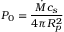
P _ { 0 } = \frac { \dot { M } c _ { s } } { 4 \pi R _ { p } ^ { 2 } }